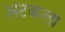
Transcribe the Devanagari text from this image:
अटकला